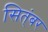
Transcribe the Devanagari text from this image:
सित्ंबर